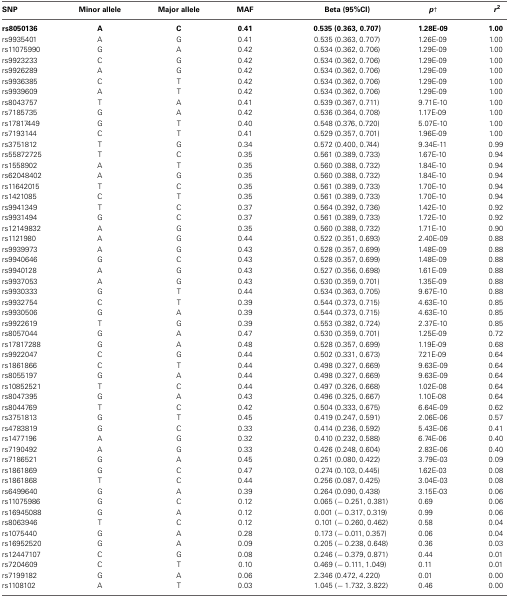
<table><thead><tr><td><b>SNP</b></td><td><b>Minor allele</b></td><td><b>Major allele</b></td><td><b>MAF</b></td><td><b>Beta (95%CI)</b></td><td><b><i>p</i><sup>†</sup></b></td><td><b><i>r</i><sup>2</sup></b></td></tr></thead><tbody><tr><td><b>rs8050136</b></td><td><b>A</b></td><td><b>C</b></td><td><b>0.41</b></td><td><b>0.535 (0.363, 0.707)</b></td><td><b>1.28E-09</b></td><td><b>1.00</b></td></tr><tr><td>rs9935401</td><td>A</td><td>G</td><td>0.41</td><td>0.535 (0.363, 0.707)</td><td>1.26E-09</td><td>1.00</td></tr><tr><td>rs11075990</td><td>G</td><td>A</td><td>0.42</td><td>0.534 (0.362, 0.706)</td><td>1.29E-09</td><td>1.00</td></tr><tr><td>rs9923233</td><td>C</td><td>G</td><td>0.42</td><td>0.534 (0.362, 0.706)</td><td>1.29E-09</td><td>1.00</td></tr><tr><td>rs9926289</td><td>A</td><td>G</td><td>0.42</td><td>0.534 (0.362, 0.706)</td><td>1.29E-09</td><td>1.00</td></tr><tr><td>rs9936385</td><td>C</td><td>T</td><td>0.42</td><td>0.534 (0.362, 0.706)</td><td>1.29E-09</td><td>1.00</td></tr><tr><td>rs9939609</td><td>A</td><td>T</td><td>0.42</td><td>0.534 (0.362, 0.706)</td><td>1.29E-09</td><td>1.00</td></tr><tr><td>rs8043757</td><td>T</td><td>A</td><td>0.41</td><td>0.539 (0.367, 0.711)</td><td>9.71E-10</td><td>1.00</td></tr><tr><td>rs7185735</td><td>G</td><td>A</td><td>0.42</td><td>0.536 (0.364, 0.708)</td><td>1.17E-09</td><td>1.00</td></tr><tr><td>rs17817449</td><td>G</td><td>T</td><td>0.40</td><td>0.548 (0.376, 0.720)</td><td>5.07E-10</td><td>1.00</td></tr><tr><td>rs7193144</td><td>C</td><td>T</td><td>0.41</td><td>0.529 (0.357, 0.701)</td><td>1.96E-09</td><td>1.00</td></tr><tr><td>rs3751812</td><td>T</td><td>G</td><td>0.34</td><td>0.572 (0.400, 0.744)</td><td>9.34E-11</td><td>0.99</td></tr><tr><td>rs55872725</td><td>T</td><td>C</td><td>0.35</td><td>0.561 (0.389, 0.733)</td><td>1.67E-10</td><td>0.94</td></tr><tr><td>rs1558902</td><td>A</td><td>T</td><td>0.35</td><td>0.560 (0.388, 0.732)</td><td>1.84E-10</td><td>0.94</td></tr><tr><td>rs62048402</td><td>A</td><td>G</td><td>0.35</td><td>0.560 (0.388, 0.732)</td><td>1.84E-10</td><td>0.94</td></tr><tr><td>rs11642015</td><td>T</td><td>C</td><td>0.35</td><td>0.561 (0.389, 0.733)</td><td>1.70E-10</td><td>0.94</td></tr><tr><td>rs1421085</td><td>C</td><td>T</td><td>0.35</td><td>0.561 (0.389, 0.733)</td><td>1.70E-10</td><td>0.94</td></tr><tr><td>rs9941349</td><td>T</td><td>C</td><td>0.37</td><td>0.564 (0.392, 0.736)</td><td>1.42E-10</td><td>0.92</td></tr><tr><td>rs9931494</td><td>G</td><td>C</td><td>0.37</td><td>0.561 (0.389, 0.733)</td><td>1.72E-10</td><td>0.92</td></tr><tr><td>rs12149832</td><td>A</td><td>G</td><td>0.35</td><td>0.560 (0.388, 0.732)</td><td>1.71E-10</td><td>0.90</td></tr><tr><td>rs1121980</td><td>A</td><td>G</td><td>0.44</td><td>0.522 (0.351, 0.693)</td><td>2.40E-09</td><td>0.88</td></tr><tr><td>rs9939973</td><td>A</td><td>G</td><td>0.43</td><td>0.528 (0.357, 0.699)</td><td>1.48E-09</td><td>0.88</td></tr><tr><td>rs9940646</td><td>G</td><td>C</td><td>0.43</td><td>0.528 (0.357, 0.699)</td><td>1.48E-09</td><td>0.88</td></tr><tr><td>rs9940128</td><td>A</td><td>G</td><td>0.43</td><td>0.527 (0.356, 0.698)</td><td>1.61E-09</td><td>0.88</td></tr><tr><td>rs9937053</td><td>A</td><td>G</td><td>0.43</td><td>0.530 (0.359, 0.701)</td><td>1.35E-09</td><td>0.88</td></tr><tr><td>rs9930333</td><td>G</td><td>T</td><td>0.44</td><td>0.534 (0.363, 0.705)</td><td>9.67E-10</td><td>0.88</td></tr><tr><td>rs9932754</td><td>C</td><td>T</td><td>0.39</td><td>0.544 (0.373, 0.715)</td><td>4.63E-10</td><td>0.85</td></tr><tr><td>rs9930506</td><td>G</td><td>A</td><td>0.39</td><td>0.544 (0.373, 0.715)</td><td>4.63E-10</td><td>0.85</td></tr><tr><td>rs9922619</td><td>T</td><td>G</td><td>0.39</td><td>0.553 (0.382, 0.724)</td><td>2.37E-10</td><td>0.85</td></tr><tr><td>rs8057044</td><td>G</td><td>A</td><td>0.47</td><td>0.530 (0.359, 0.701)</td><td>1.25E-09</td><td>0.72</td></tr><tr><td>rs17817288</td><td>G</td><td>A</td><td>0.48</td><td>0.528 (0.357, 0.699)</td><td>1.19E-09</td><td>0.68</td></tr><tr><td>rs9922047</td><td>C</td><td>G</td><td>0.44</td><td>0.502 (0.331, 0.673)</td><td>7.21E-09</td><td>0.64</td></tr><tr><td>rs1861866</td><td>C</td><td>T</td><td>0.44</td><td>0.498 (0.327, 0.669)</td><td>9.63E-09</td><td>0.64</td></tr><tr><td>rs8055197</td><td>G</td><td>A</td><td>0.44</td><td>0.498 (0.327, 0.669)</td><td>9.63E-09</td><td>0.64</td></tr><tr><td>rs10852521</td><td>T</td><td>C</td><td>0.44</td><td>0.497 (0.326, 0.668)</td><td>1.02E-08</td><td>0.64</td></tr><tr><td>rs8047395</td><td>G</td><td>A</td><td>0.43</td><td>0.496 (0.325, 0.667)</td><td>1.10E-08</td><td>0.64</td></tr><tr><td>rs8044769</td><td>T</td><td>C</td><td>0.42</td><td>0.504 (0.333, 0.675)</td><td>6.64E-09</td><td>0.62</td></tr><tr><td>rs3751813</td><td>G</td><td>T</td><td>0.45</td><td>0.419 (0.247, 0.591)</td><td>2.06E-06</td><td>0.57</td></tr><tr><td>rs4783819</td><td>G</td><td>C</td><td>0.33</td><td>0.414 (0.236, 0.592)</td><td>5.43E-06</td><td>0.41</td></tr><tr><td>rs1477196</td><td>A</td><td>G</td><td>0.32</td><td>0.410 (0.232, 0.588)</td><td>6.74E-06</td><td>0.40</td></tr><tr><td>rs7190492</td><td>A</td><td>G</td><td>0.33</td><td>0.426 (0.248, 0.604)</td><td>2.83E-06</td><td>0.40</td></tr><tr><td>rs7186521</td><td>G</td><td>A</td><td>0.45</td><td>0.251 (0.080, 0.422)</td><td>3.79E-03</td><td>0.09</td></tr><tr><td>rs1861869</td><td>G</td><td>C</td><td>0.47</td><td>0.274 (0.103, 0.445)</td><td>1.62E-03</td><td>0.08</td></tr><tr><td>rs1861868</td><td>T</td><td>C</td><td>0.44</td><td>0.256 (0.087, 0.425)</td><td>3.04E-03</td><td>0.08</td></tr><tr><td>rs6499640</td><td>G</td><td>A</td><td>0.39</td><td>0.264 (0.090, 0.438)</td><td>3.15E-03</td><td>0.06</td></tr><tr><td>rs11075986</td><td>G</td><td>C</td><td>0.12</td><td>0.065 (-0.251, 0.381)</td><td>0.69</td><td>0.06</td></tr><tr><td>rs16945088</td><td>G</td><td>A</td><td>0.12</td><td>0.001 (-0.317, 0.319)</td><td>0.99</td><td>0.06</td></tr><tr><td>rs8063946</td><td>T</td><td>C</td><td>0.12</td><td>0.101 (-0.260, 0.462)</td><td>0.58</td><td>0.04</td></tr><tr><td>rs1075440</td><td>G</td><td>A</td><td>0.28</td><td>0.173 (-0.011, 0.357)</td><td>0.06</td><td>0.04</td></tr><tr><td>rs16952520</td><td>G</td><td>A</td><td>0.09</td><td>0.205 (-0.238, 0.648)</td><td>0.36</td><td>0.03</td></tr><tr><td>rs12447107</td><td>C</td><td>G</td><td>0.08</td><td>0.246 (-0.379, 0.871)</td><td>0.44</td><td>0.01</td></tr><tr><td>rs7204609</td><td>C</td><td>T</td><td>0.10</td><td>0.469 (-0.111, 1.049)</td><td>0.11</td><td>0.01</td></tr><tr><td>rs7199182</td><td>G</td><td>A</td><td>0.06</td><td>2.346 (0.472, 4.220)</td><td>0.01</td><td>0.00</td></tr><tr><td>rs1108102</td><td>A</td><td>T</td><td>0.03</td><td>1.045 (-1.732, 3.822)</td><td>0.46</td><td>0.00</td></tr></tbody></table>